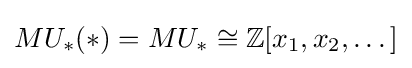
MU_{*}(*)=MU_{*}\cong \mathbb {Z} [x_{1},x_{2},\dots ]